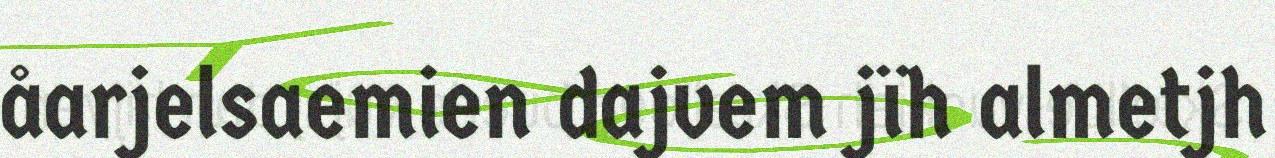
åarjelsaemien dajvem jïh almetjh